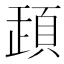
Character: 𩒞